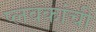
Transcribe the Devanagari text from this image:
प्लवकांची